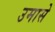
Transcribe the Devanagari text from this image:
उमासे